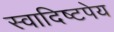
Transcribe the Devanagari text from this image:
स्वादिष्टपेय